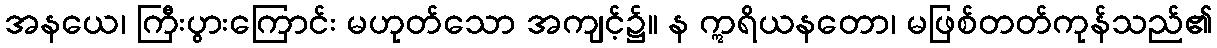
အနယေ၊ ကြီးပွားကြောင်း မဟုတ်သော အကျင့်၌။ န ဣရိယနတော၊ မဖြစ်တတ်ကုန်သည်၏